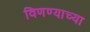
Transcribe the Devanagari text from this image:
विणण्याच्या